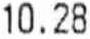
10.28